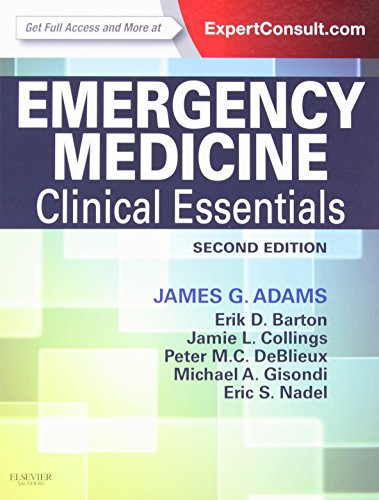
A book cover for Emergency Medicine: Clinical Essentials (Expert Consult - Online and Print), 2e; James G. Adams MD  FACEP; Medical Books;